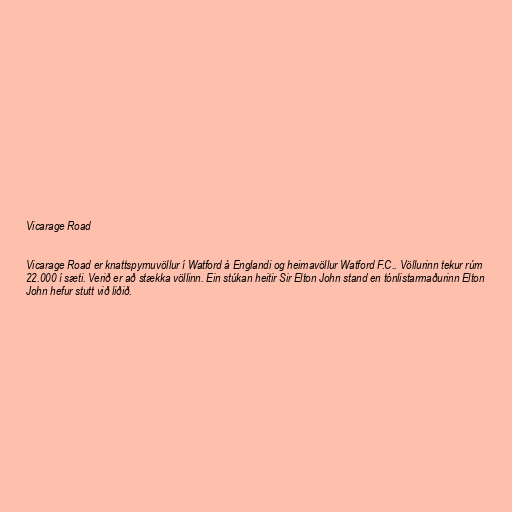
Vicarage Road

Vicarage Road er knattspyrnuvöllur í Watford á Englandi og heimavöllur Watford F.C.. Völlurinn tekur rúm
22.000 í sæti. Verið er að stækka völlinn. Ein stúkan heitir Sir Elton John stand en tónlistarmaðurinn Elton
John hefur stutt við liðið.